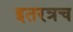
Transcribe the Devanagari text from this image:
इतरत्रच